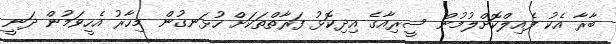
ބާރާ އެކު ފެއިލްކޮށްލުމުން ސީރިއާގެ އިދިކޮޅު ފަރާތްތަކަށް ހުޅަނގުން މިހާރު އެހީވަމުން ދަނީ